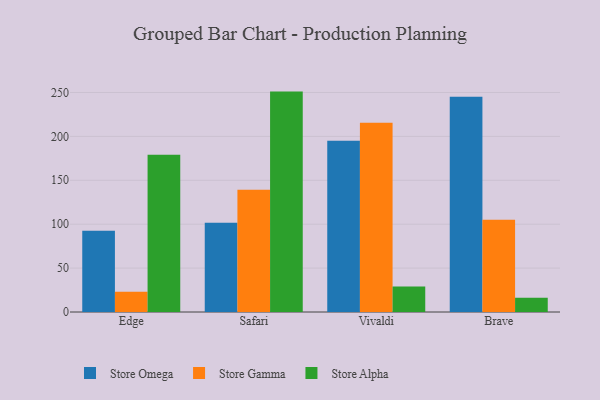
{"axis": {"x": "Browser", "y": "Gross Profit (USD K)"}, "legend": ["Store Alpha", "Store Gamma", "Store Omega"], "data": [{"x": "Edge", "y": 92.6, "type": "Store Omega"}, {"x": "Edge", "y": 23.1, "type": "Store Gamma"}, {"x": "Edge", "y": 179.2, "type": "Store Alpha"}, {"x": "Safari", "y": 101.6, "type": "Store Omega"}, {"x": "Safari", "y": 139.2, "type": "Store Gamma"}, {"x": "Safari", "y": 251.0, "type": "Store Alpha"}, {"x": "Vivaldi", "y": 195.0, "type": "Store Omega"}, {"x": "Vivaldi", "y": 215.4, "type": "Store Gamma"}, {"x": "Vivaldi", "y": 29.0, "type": "Store Alpha"}, {"x": "Brave", "y": 245.2, "type": "Store Omega"}, {"x": "Brave", "y": 105.2, "type": "Store Gamma"}, {"x": "Brave", "y": 16.2, "type": "Store Alpha"}]}